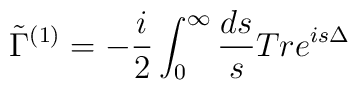
\tilde{\Gamma}^{(1)}=-\frac{i}{2}\int_0^{\infty} \frac{ds}{s}Tr e^{is\Delta}